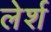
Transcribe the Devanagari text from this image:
लेर्श